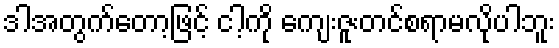
ဒါအတွက်တော့ဖြင့် ငါ့ကို ကျေးဇူးတင်စရာမလိုပါဘူး